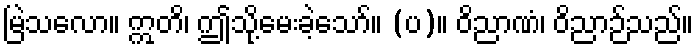
မြဲသလော။ ဣတိ၊ ဤသို့မေးခဲ့သော်။ (ပ)။ ဝိညာဏံ၊ ဝိညာဉ်သည်။